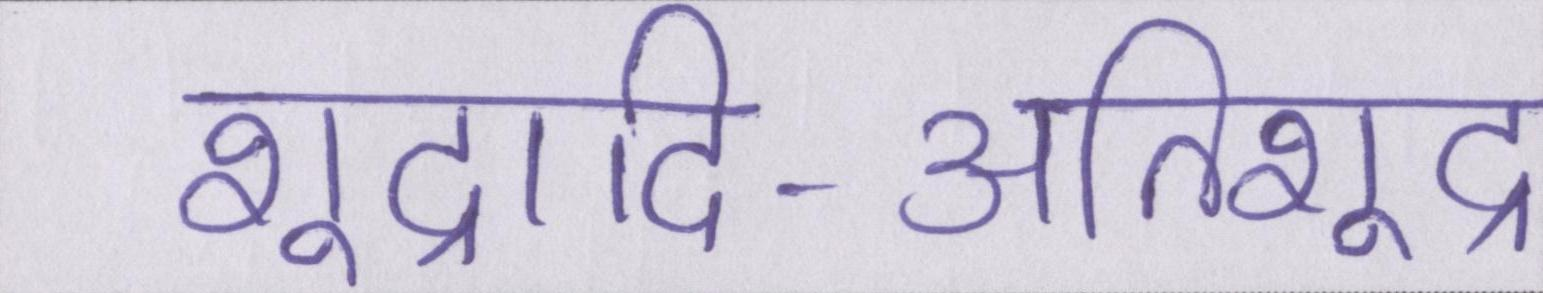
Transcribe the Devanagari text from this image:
शूद्रादि-अतिशूद्र